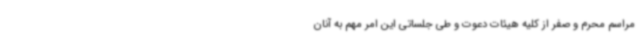
مراسم محرم و صفر از کلیه هیئات دعوت و طی جلساتی این امر مهم به آنان